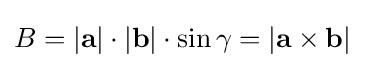
B=\left|\mathbf {a} \right|\cdot \left|\mathbf {b} \right|\cdot \sin \gamma =\left|\mathbf {a} \times \mathbf {b} \right|